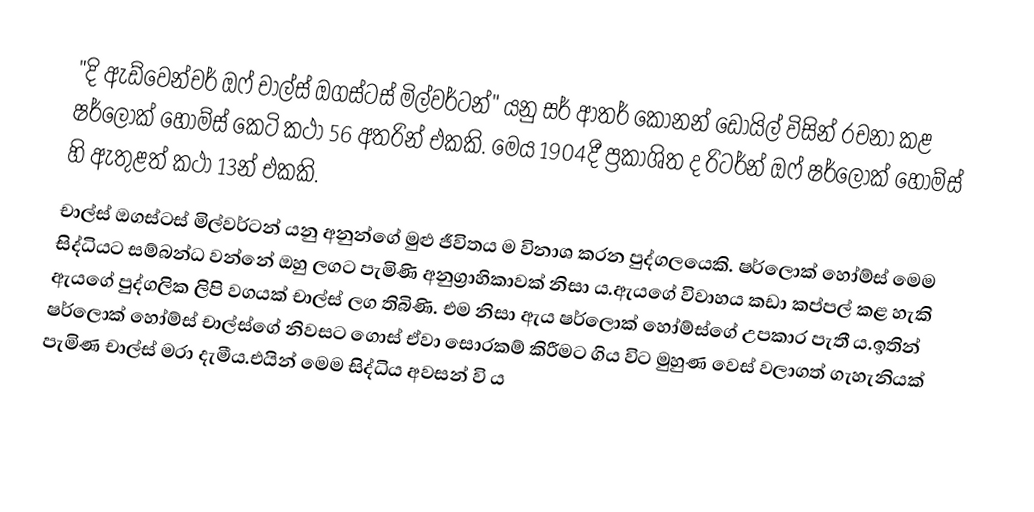
"දි ඇඩ්වෙන්චර් ඔෆ් චාල්ස් ඔගස්ටස් මිල්වර්ටන්" යනු සර් ආතර් කොනන් ඩොයිල් විසින් රචනා කළ ෂර්ලොක් හෝම්ස් කෙටි කථා 56 අතරින් එකකි. මෙය 1904දී ප්‍රකාශිත ද රිටර්න් ඔෆ් ෂර්ලොක් හෝම්ස් හි ඇතුළත් කථා 13න් එකකි.
     චාල්ස් ඔගස්ටස් මිල්වර්ටන් යනු අනුන්ගේ මුළු ජීවිතය ම විනාශ කරන පුද්ගලයෙකි. ෂර්ලොක් හෝම්ස් මෙම සිද්ධියට සම්බන්ධ වන්නේ ඔහු ලගට පැමිණි අනුග්‍රාහිකාවක් නිසා ය.ඇයගේ විවාහය කඩා කප්පල් කළ හැකි ඇයගේ පුද්ගලික ලිපි වගයක් චාල්ස් ලග තිබිණි. එම නිසා ඇය ෂර්ලොක් හෝම්ස්ගේ උපකාර පැතී ය.ඉතින් ෂර්ලොක් හෝම්ස් චාල්ස්ගේ නිවසට ගොස් ඒවා සොරකම් කිරීමට ගිය විට මුහුණ වෙස් වලාගත් ගැහැනියක් පැමිණ චාල්ස් මරා දැමීය.එයින් මෙම සිද්ධිය අවසන් වි ය